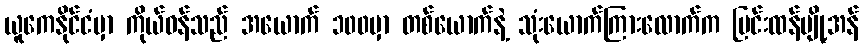
ယူကေနိုင်ငံမှာ ကိုယ်ဝန်သည် အယောက် ၁၀၀မှာ တစ်ယောက်နဲ့ သုံးယောက်ကြားလောက်က ပြင်းထန်ပျို့အန်